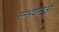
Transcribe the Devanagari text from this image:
सम्भवानाओं